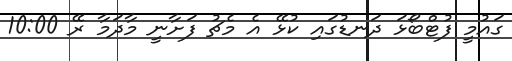
ގައުމީ ފުޓްބޯޅަ ދަނޑުގައި ކުޅޭ އެ މެޗު ފަށާނީ މާދަމާ ރޭ 10:00